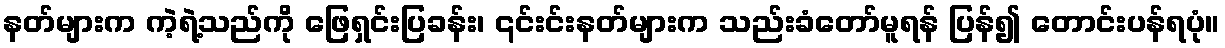
နတ်များက ကဲ့ရဲ့သည်ကို ဖြေရှင်းပြခန်း၊ ၎င်းင်းနတ်များက သည်းခံတော်မူရန် ပြန်၍ တောင်းပန်ရပုံ။